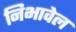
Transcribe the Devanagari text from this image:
निभावेल